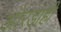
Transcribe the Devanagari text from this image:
ओरडाही